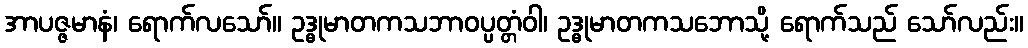
အာပဇ္ဇမာနံ၊ ရောက်လသော်။ ဥဒ္ဓုမာတကသဘာဝပ္ပတ္တံဝါ၊ ဥဒ္ဓုမာတကသဘောသို့ ရောက်သည် သော်လည်း။